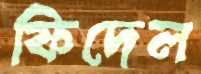
ফিদেল